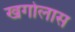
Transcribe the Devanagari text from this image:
खगोलास